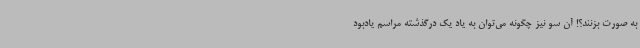
به صورت بزنند؟! آن سو نیز چگونه می‌توان به یاد یک درگذشته مراسم یادبود